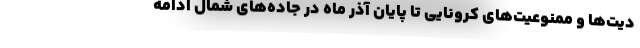
دیت‌ها و ممنوعیت‌های کرونایی تا پایان آذر ماه در جاده‌های شمال ادامه